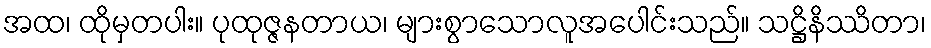
အထ၊ ထိုမှတပါး။ ပုထုဇ္ဇနတာယ၊ များစွာသောလူအပေါင်းသည်။ သဋ္ဌိနိဿိတာ၊